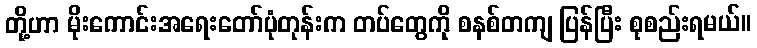
တို့ဟာ မိုးကောင်းအရေးတော်ပုံတုန်းက တပ်တွေကို စနစ်တကျ ပြန်ပြီး စုစည်းရမယ်။